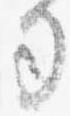
司